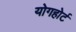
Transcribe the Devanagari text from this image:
योगहोर्ट